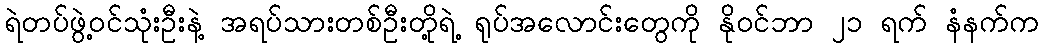
ရဲတပ်ဖွဲ့ဝင်သုံးဦးနဲ့ အရပ်သားတစ်ဦးတို့ရဲ့ ရုပ်အလောင်းတွေကို နိုဝင်ဘာ ၂၁ ရက် နံနက်က